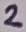
Text: 2